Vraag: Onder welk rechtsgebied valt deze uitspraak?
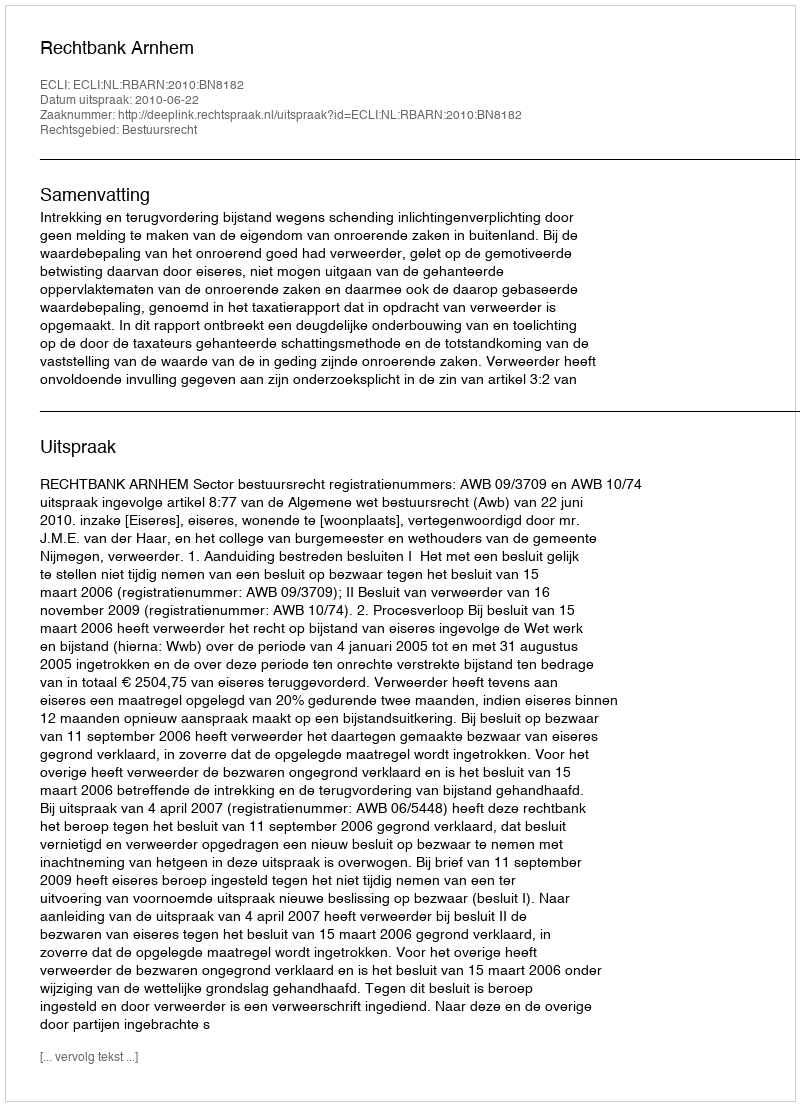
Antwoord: Bestuursrecht